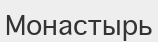
Монастырь